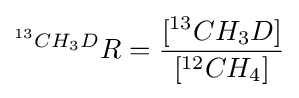
^{^{13}CH_{3}D}R={\frac {[^{13}CH_{3}D]}{[^{12}CH_{4}]}}